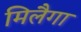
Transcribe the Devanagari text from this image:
मिलैगा